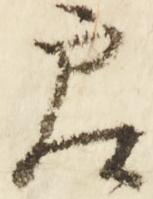
賛